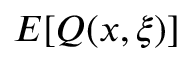
E [ Q ( x , \xi ) ]